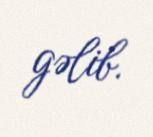
gəlib.